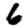
Digit: 6